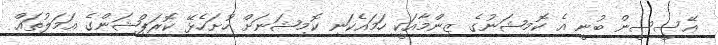
އޭސީސީން ބުނީ އެ ކޮމިޝަނުގެ ޒިންމާއަކީ ހަމައެކަނި ކޮމިޝަނަށް ހުށަހެޅޭ ކޮރަޕްޝަންގެ އަމަލުތައް